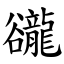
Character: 豅